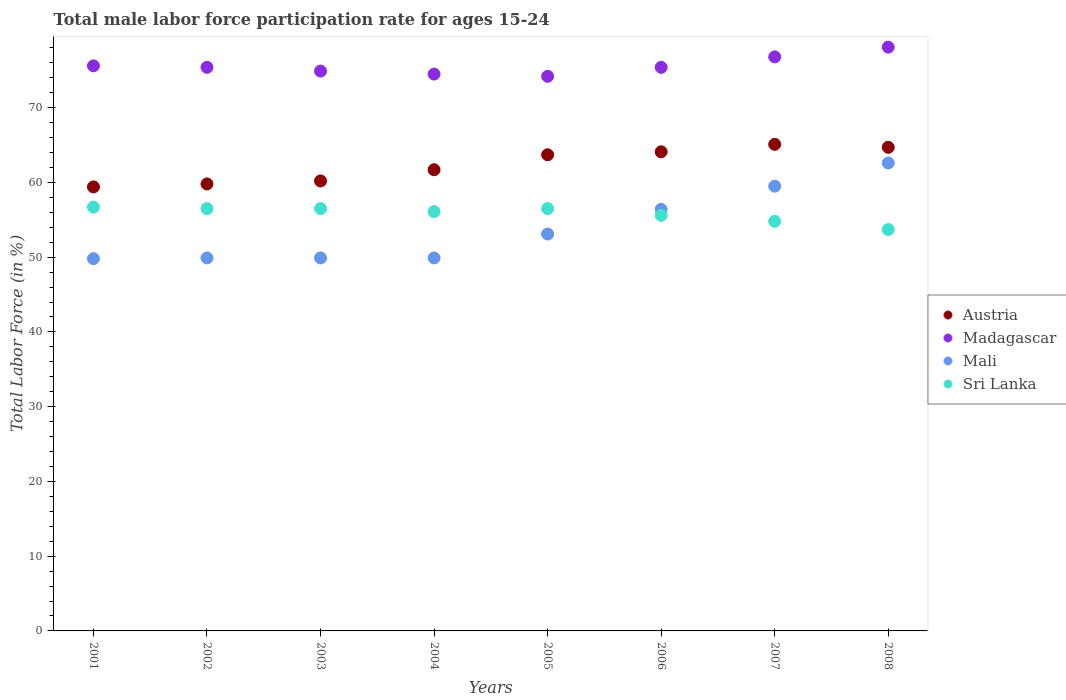
| Years | Austria | Madagascar | Mali | Sri Lanka |
 | --- | --- | --- | --- | --- |
 | 2001 | 59.4 | 75.6 | 49.8 | 56.7 |
 | 2002 | 59.8 | 75.4 | 49.9 | 56.5 |
 | 2003 | 60.2 | 74.9 | 49.9 | 56.5 |
 | 2004 | 61.7 | 74.5 | 49.9 | 56.1 |
 | 2005 | 63.7 | 74.2 | 53.1 | 56.5 |
 | 2006 | 64.1 | 75.4 | 56.4 | 55.6 |
 | 2007 | 65.1 | 76.8 | 59.5 | 54.8 |
 | 2008 | 64.7 | 78.1 | 62.6 | 53.7 |